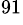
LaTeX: ^{91}